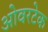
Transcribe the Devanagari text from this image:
ओवरटेक